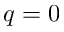
q = 0